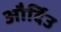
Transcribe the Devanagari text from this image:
और्दिउ